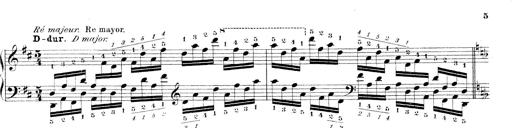
Title: Technische Studien
Composer: Franz Liszt